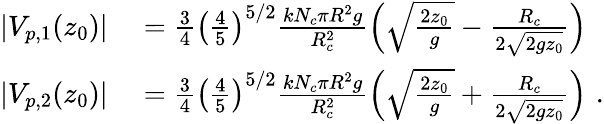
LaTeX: \begin{array}{rl}{|V_{p,1}(z_{0})|}&{{}=\frac{3}{4}\left(\frac{4}{5}\right)^{5/2}\frac{kN_{c}\pi R^{2}g}{R_{c}^{2}}\left(\sqrt{\frac{2z_{0}}{g}}-\frac{R_{c}}{2\sqrt{2gz_{0}}}\right)}\\ {|V_{p,2}(z_{0})|}&{{}=\frac{3}{4}\left(\frac{4}{5}\right)^{5/2}\frac{kN_{c}\pi R^{2}g}{R_{c}^{2}}\left(\sqrt{\frac{2z_{0}}{g}}+\frac{R_{c}}{2\sqrt{2gz_{0}}}\right)\, \, .}\end{array}